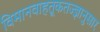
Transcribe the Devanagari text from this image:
विमानवाहतूकतज्ज्ञानुसार